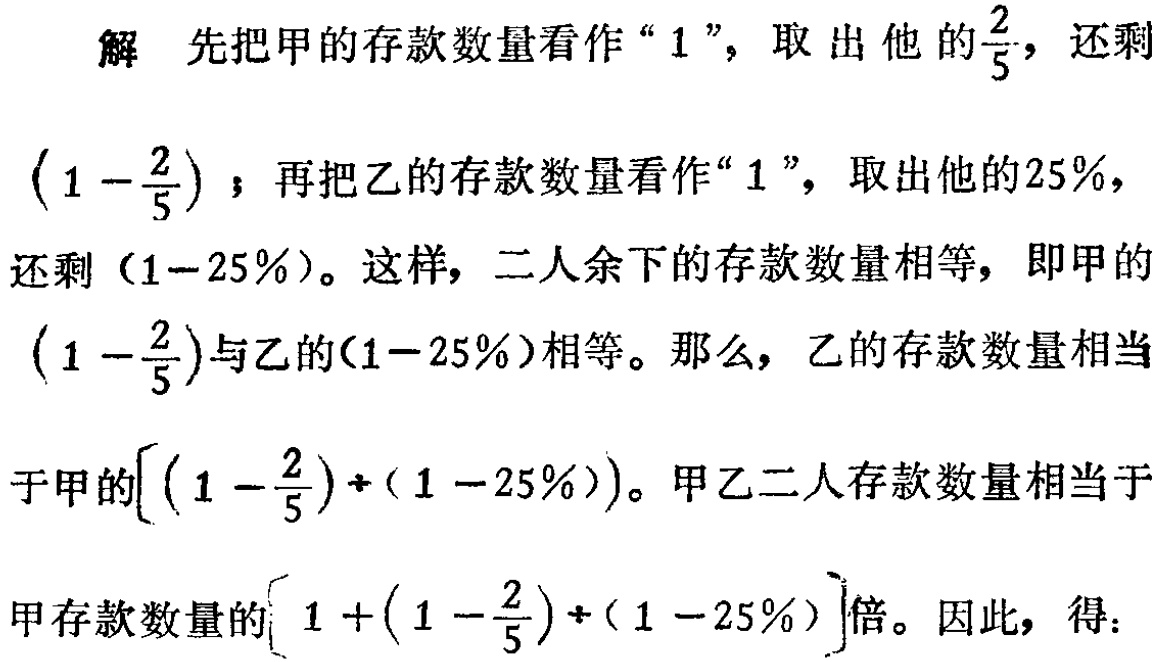
解 先把甲的存款数量看作“$1$”，取出他的$\frac{2}{5}$，还剩$(1 - \frac{2}{5})$；再把乙的存款数量看作“$1$”，取出他的$25\%$，还剩$(1 - 25\%)$。这样，二人余下的存款数量相等，即甲的$(1 - \frac{2}{5})$与乙的$(1 - 25\%)$相等。那么，乙的存款数量相当于甲的$((1 - \frac{2}{5})\div(1 - 25\%))$。甲乙二人存款数量相当于甲存款数量的$\left[1+(1 - \frac{2}{5})\div(1 - 25\%)\right]$倍。因此，得：